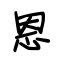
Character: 恩